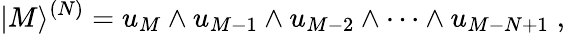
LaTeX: |M\rangle^{(N)}=u_{M}\wedge u_{M-1}\wedge u_{M-2}\wedge\dots\wedge u_{M-N+1}\; ,